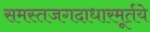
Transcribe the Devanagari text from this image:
समस्तजगदाधारमूर्तये